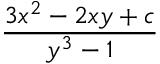
\frac { 3 x ^ { 2 } - 2 x y + c } { y ^ { 3 } - 1 }